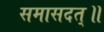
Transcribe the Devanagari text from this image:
समासदत्॥